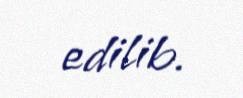
edilib.